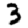
Digit: 3